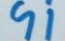
91